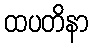
ထပတိနာ